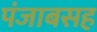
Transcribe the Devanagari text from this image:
पंजाबसह